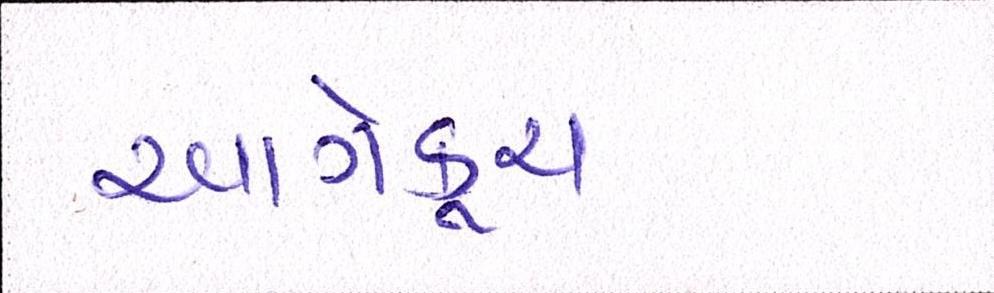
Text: આગેકૂચ